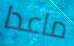
ماعدا